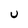
Character: U